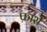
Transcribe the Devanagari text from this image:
फ्रार्स